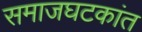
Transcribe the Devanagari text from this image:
समाजघटकांत